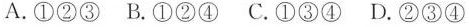
A.①②③B.①②④C.①③④D.②③④